Vabadussoja_Ajaloo_Komitee, lk 49
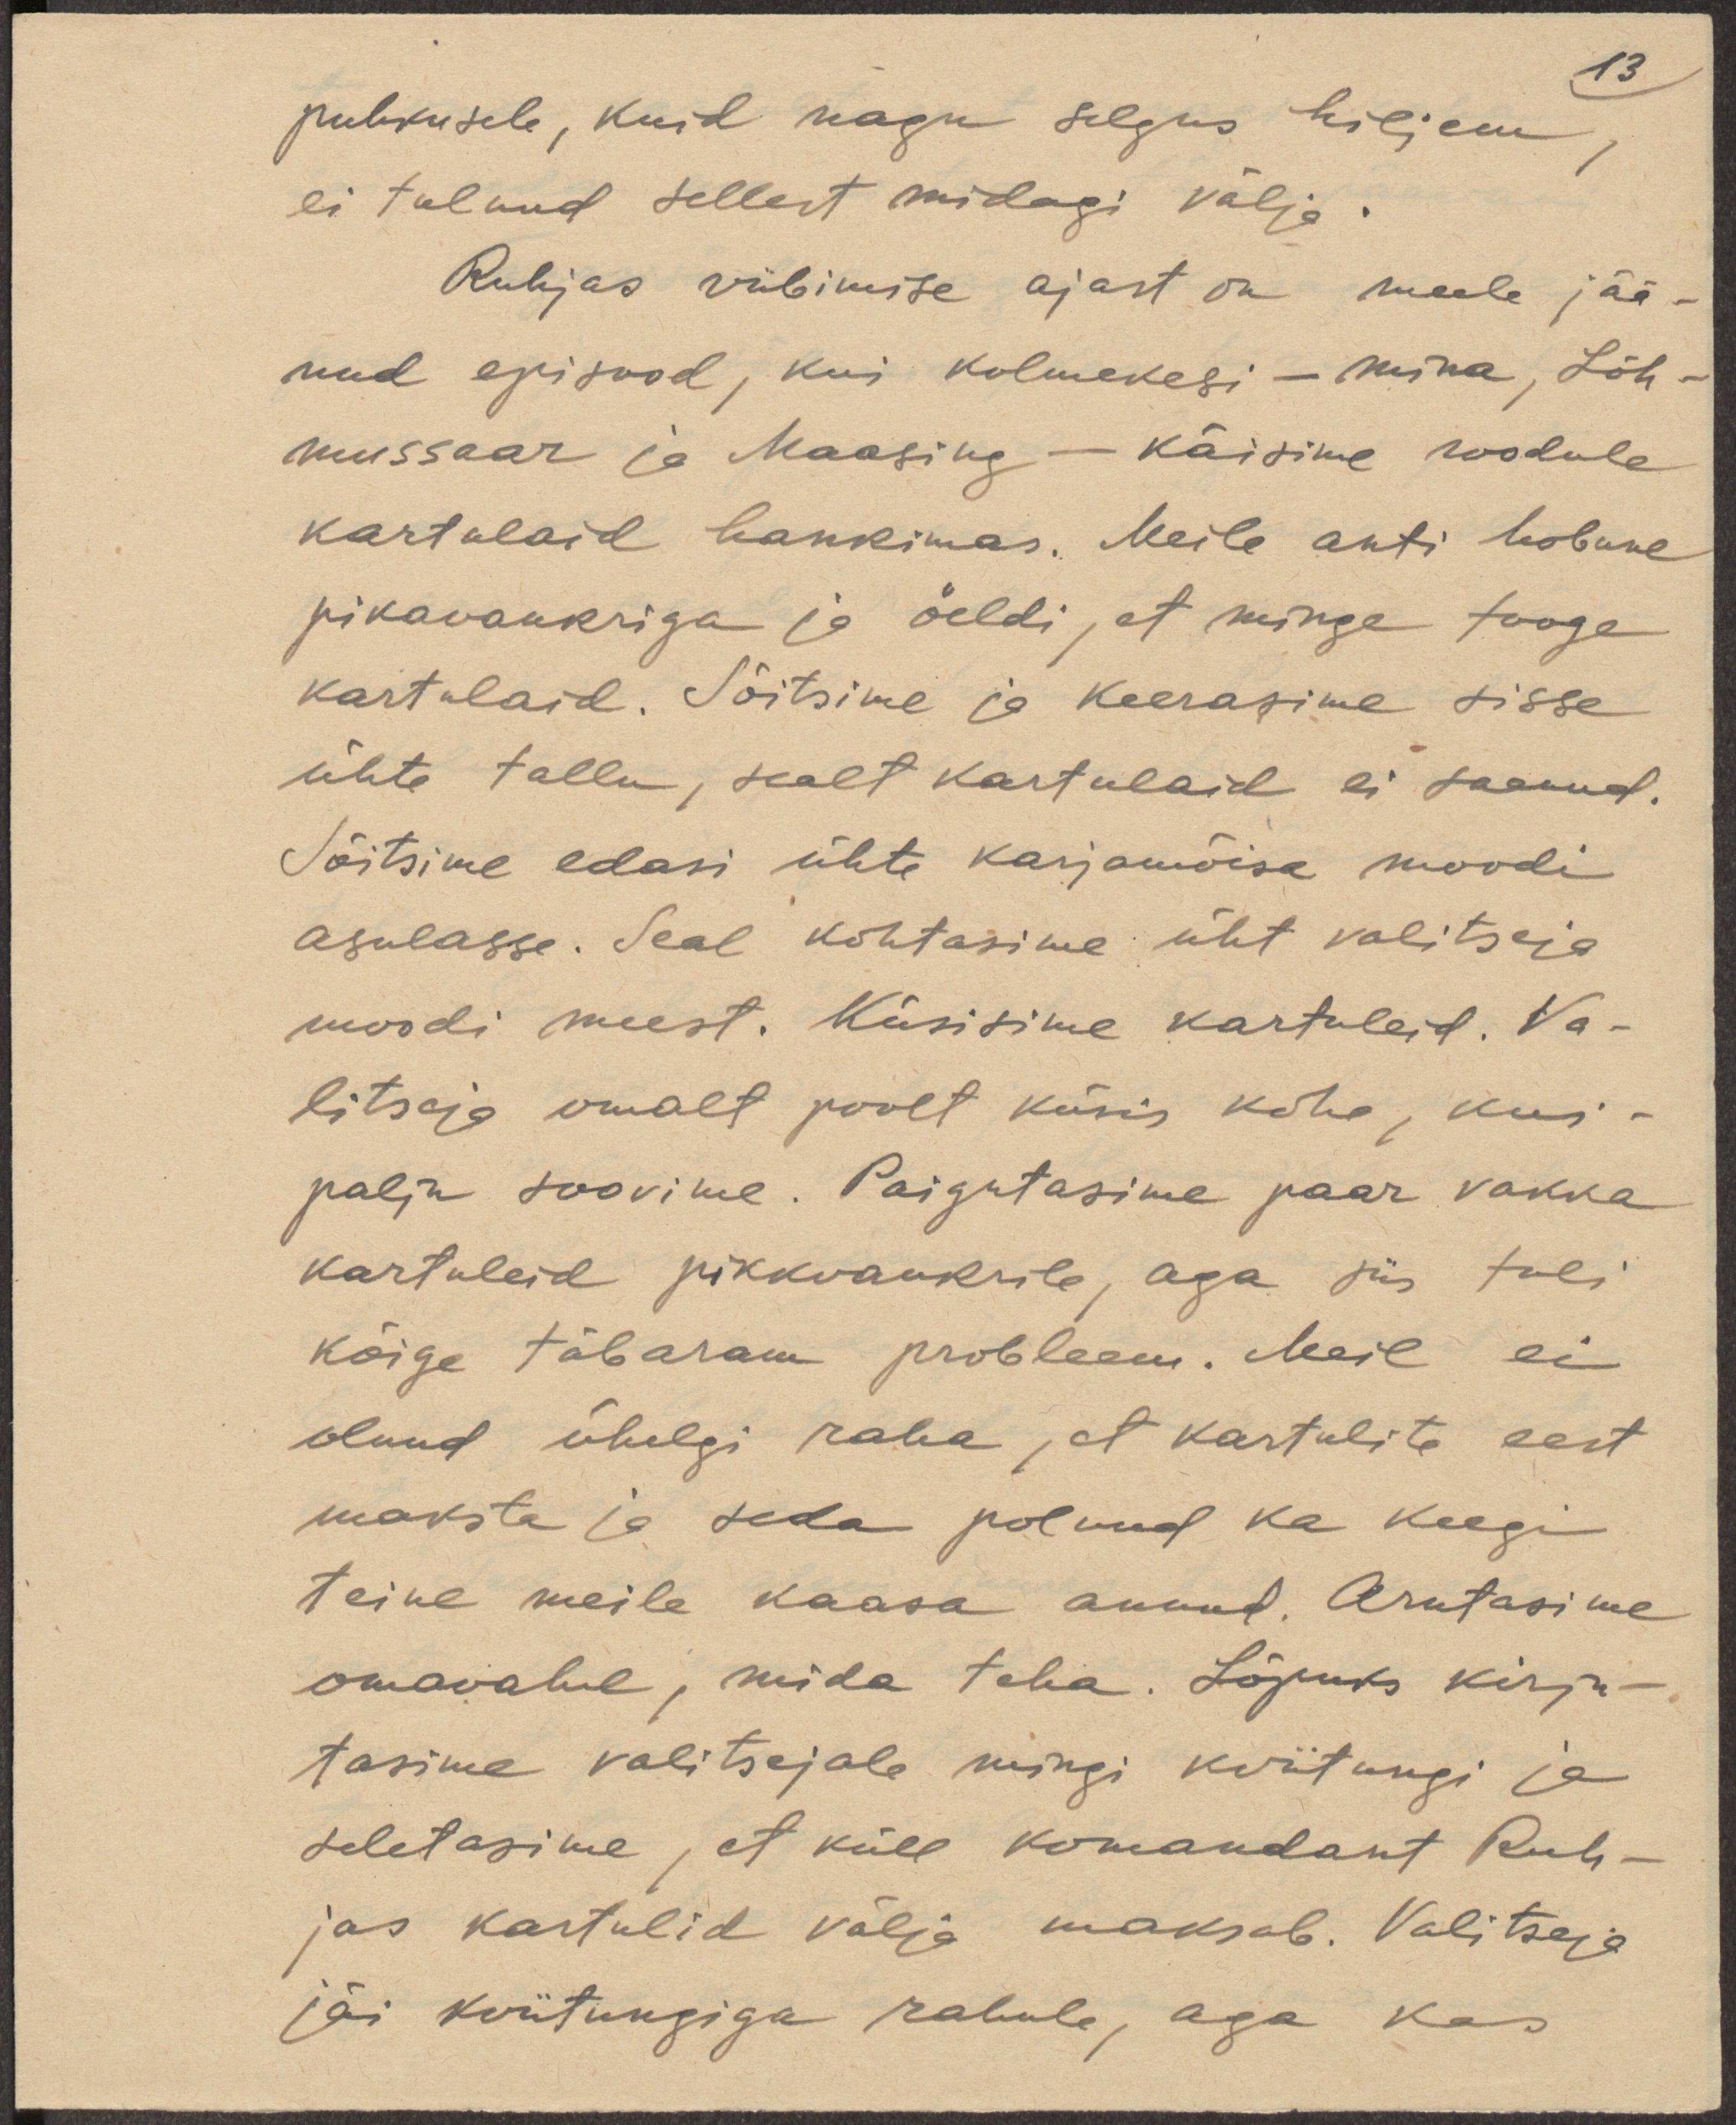
13
puhkusele, kuid nagu selgus hiljem,
ei tulnud sellest midagi välja.
Ruhjas viibimise ajast on meele jää-
nud episood, kui kolmekesi - mina, Lõh-
mussaar ja Maasing - käisime roodule
kartulaid hankimas. Meile anti hobune
pikavankriga ja öeldi, et minge tooge
kartulaid. Sõitsime ja keerasime sisse
ühte tallu, sealt kartulaid ei saanud.
Sõitsime edasi ühte karjamõisa moodi
asulasse. Seal kohtasime üht valitseja
moodi meest. Küsisime kartuleid. Va-
litseja omalt poolt küsis kohe, kui -
palju soovime. Paigutasime paar vakka
kartuleid pikkvankrile, aga siis tuli
kõige täbaram probleem. Meil ei
olnud ühelgi raha, et kartulite eest
maksta ja seda polnud ka keegi
teine meile kaasa annud. Arutasime
omavahel, mida teha. Lõpuks kirju-
tasime valitsejale mingi kviitungi ja
seletasime, et küll komandant Ruh-
jas kartulid väla maksab. Valitseja
jäi kviitungiga rahule, aga kas